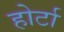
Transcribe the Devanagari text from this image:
होर्टा